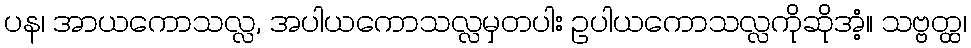
ပန၊ အာယကောသလ္လ, အပါယကောသလ္လမှတပါး ဥပါယကောသလ္လကိုဆိုအံ့။ သဗ္ဗတ္ထ၊